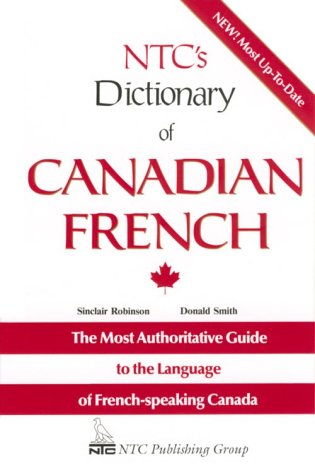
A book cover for NTC's Dictionary of Canadian French (Language - French); Sinclair Robinson; Reference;